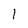
Character: I